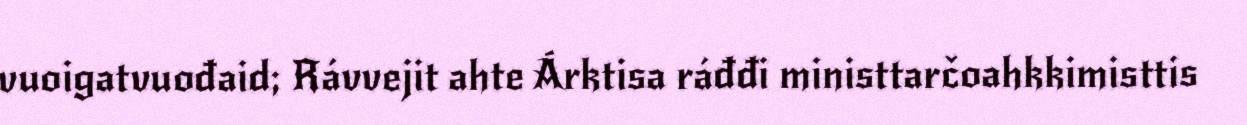
vuoigatvuođaid; Rávvejit ahte Árktisa ráđđi ministtarčoahkkimisttis